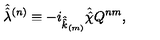
\hat { \hat { \lambda } } { } ^ { ( n ) } \equiv - i _ { \hat { \hat { k } } _ { \scriptscriptstyle ( m ) } } \hat { \hat { \chi } } Q ^ { n m } ,